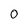
Character: 0